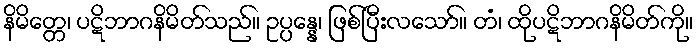
နိမိတ္တေ၊ ပဋိဘာဂနိမိတ်သည်။ ဥပ္ပန္နေ၊ ဖြစ်ပြီးလသော်။ တံ၊ ထိုပဋိဘာဂနိမိတ်ကို။